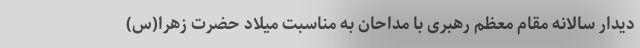
دیدار سالانه مقام معظم رهبری با مداحان به مناسبت میلاد حضرت زهرا(س)